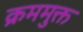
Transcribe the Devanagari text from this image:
क्रममुक्त